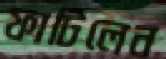
ফাটিলেন